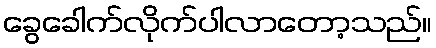
ခွေခေါက်လိုက်ပါလာတော့သည်။